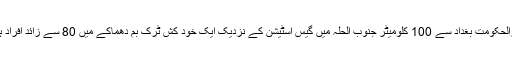
عراق کے دارالحکومت بغداد سے 100 کلومیٹر جنوب الحلہ میں گیس اسٹیشن کے نزدیک ایک خود کش ٹرک بم دھماکے میں 80 سے زائد افراد ہلاک ہو گئے۔